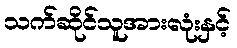
သက်ဆိုင်သူအားလုံးနှင့်